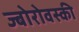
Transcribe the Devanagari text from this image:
ज्बोरोवस्की